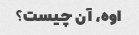
اوه، آن چیست؟